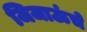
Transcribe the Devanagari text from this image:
जिजाऊंचे